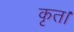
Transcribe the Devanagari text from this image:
कृत।